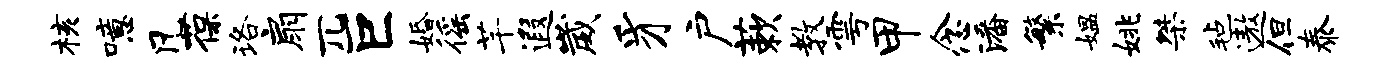
核噫凡葆珞扇兀巨婚徭芊遐崴豸户蔌教雩甲念潘繁媪姚桀毡遨但泰